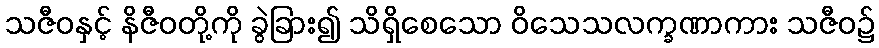
သဇီဝနှင့် နိဇီဝတို့ကို ခွဲခြား၍ သိရှိစေသော ဝိသေသလက္ခဏာကား သဇီဝ၌